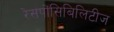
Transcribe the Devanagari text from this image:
रेसपोंसिबिलिटीज